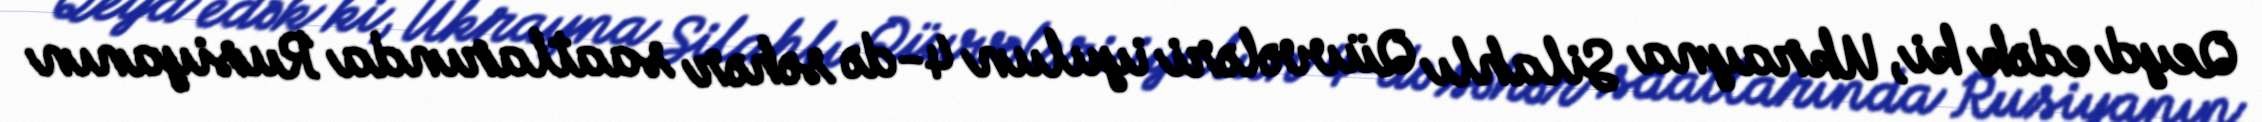
Qeyd edək ki, Ukrayna Silahlı Qüvvələri iyulun 4-də səhər saatlarında Rusiyanın